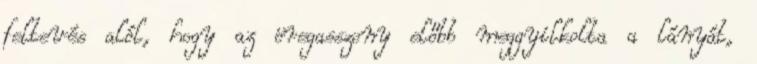
feltevés alól, hogy az öregasszony előbb meggyilkolta a lányát,